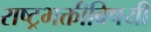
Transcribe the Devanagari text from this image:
राष्ट्रभक्तीविषयी